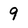
Character: 9